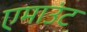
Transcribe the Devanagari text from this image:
एमाउंट